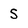
Character: s